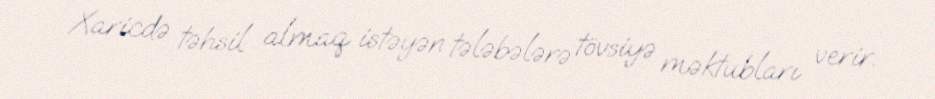
Xaricdə təhsil almaq istəyən tələbələrə tövsiyə məktubları verir.